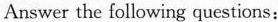
Answer the following questions: